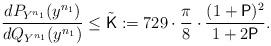
LaTeX: \begin{align*}\frac{dP_{Y^{n_1}}(y^{n_1})}{dQ_{Y^{n_1}}(y^{n_1})} \leq \tilde{\mathsf{K}} := 729\cdot \frac{\pi}{8}\cdot\frac{(1+\mathsf{P})^2}{1+2\mathsf{P}}.\end{align*}